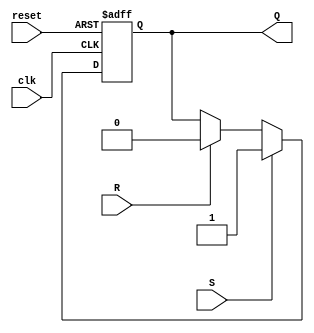
`timescale 1ns / 1ps
/*=================================================================================
 * Project:   CECS 460 Lab 1 - Counter using the Tramelblaze
 * Notes:     RS Flop made specifically for the TXRDY output signal of the TX
 *            TXRDY resets to 1
 *            
 *            If S = 1, Q = 1, and if R = 1, Q = 0. 
=================================================================================*/
module RS_rdy(clk, reset, S, R, Q);
   input        clk, reset, S, R;
   output reg   Q;
  
   always @(posedge clk, posedge reset)
      if(reset)
         Q <= 1'b1;
      else 
       begin
         if(S)          //DONE
            Q <= 1'b1;
         else if(R)     //LOAD
            Q <= 1'b0;
       end

endmodule